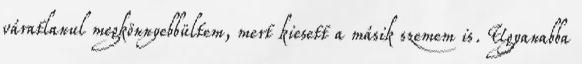
váratlanul megkönnyebbültem, mert kiesett a másik szemem is. Ugyanabba